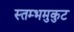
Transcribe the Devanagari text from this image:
स्तम्भमुकुट